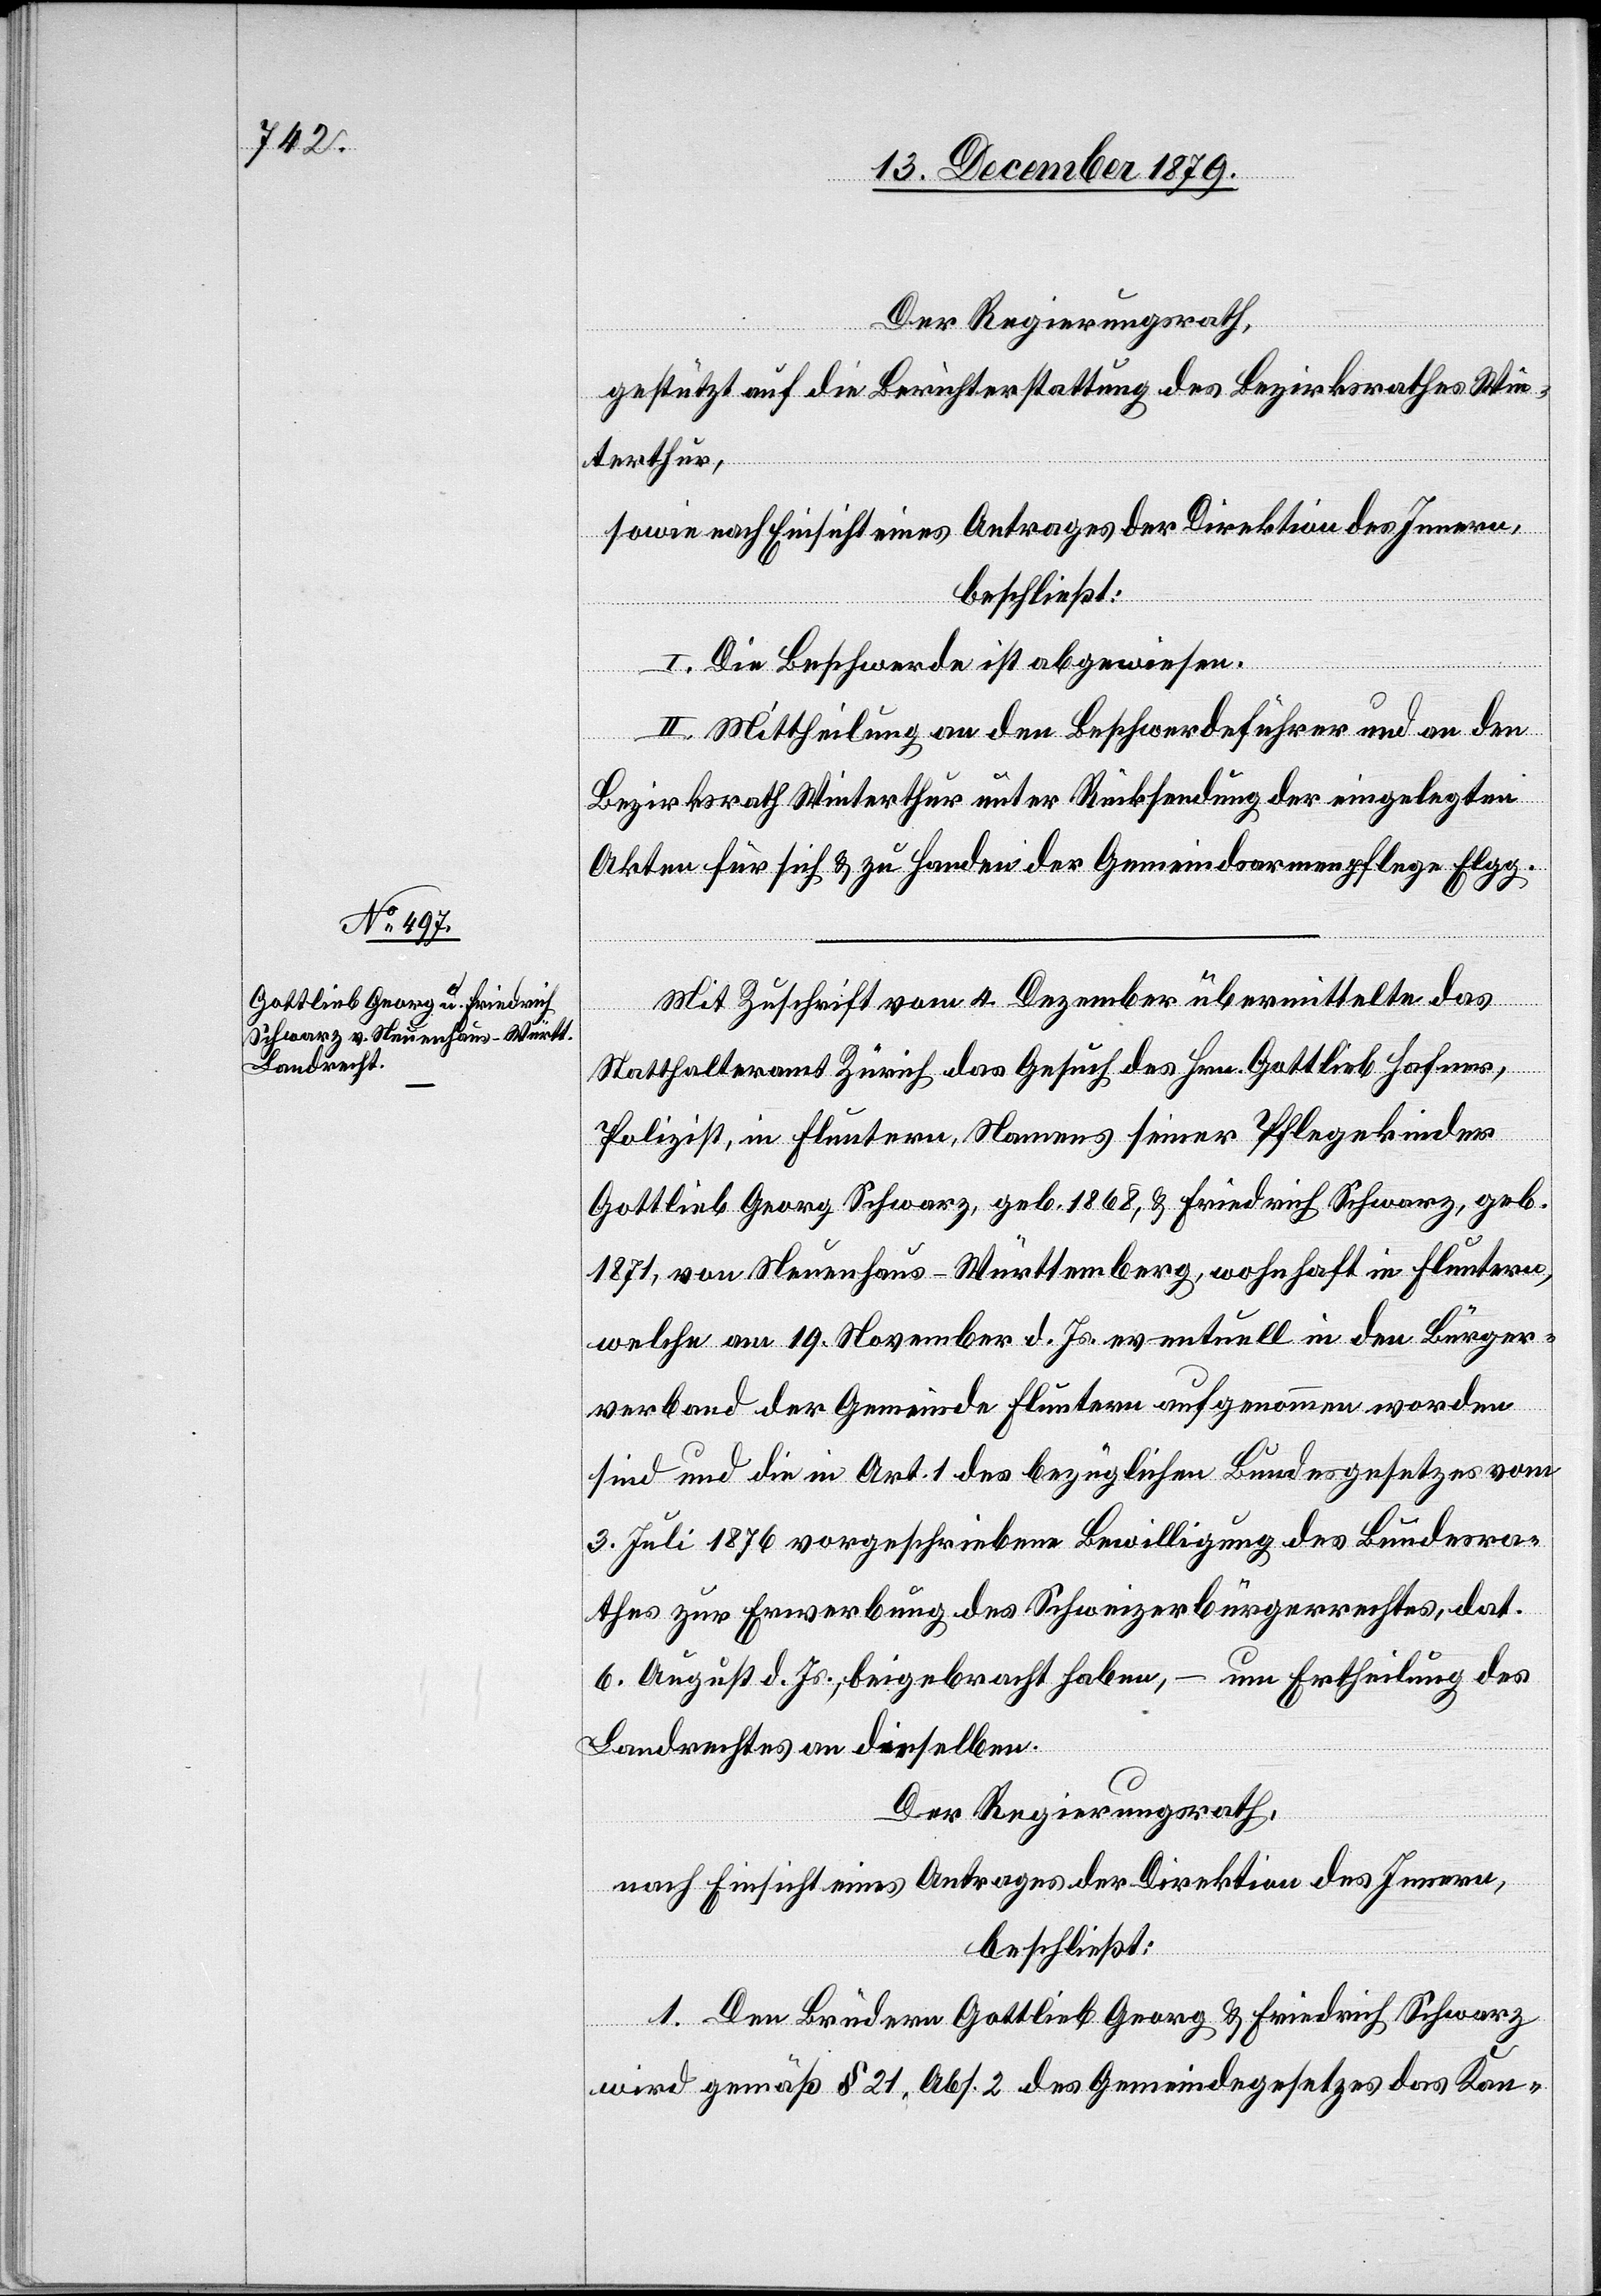
Der Regierungsrath,
gestützt auf die Berichterstattung des Bezirksrathes Win¬
terthur,
sowie nach Einsicht eines Antrages der Direktion des Innern,
beschließt:
I. Die Beschwerde ist abgewiesen.
II. Mittheilung an den Beschwerdeführer und an den
Bezirksrath Winterthur unter Rücksendung der eingelegten
Akten für sich & zu Handen der Gemeindsarmenpflege Elgg.
Mit Zuschrift vom 4. Dezember übermittelte das
Statthalteramt Zürich das Gesuch des Hrn. Gottlieb Hafner,
Polizist, in Fluntern, Namens seiner Pflegekinder
Gottlieb Georg Schwarz, geb. 1868, & Friedrich Schwarz, geb.
1871, von Neuenhaus - Württemberg, wohnhaft in Fluntern,
welche am 19. November d. Js. eventuell in den Bürger¬
verband der Gemeinde Fluntern aufgenommen worden
sind und die in Art. 1 des bezüglichen Bundesgesetzes vom
3. Juli 1876 vorgeschriebene Bewilligung des Bundesra¬
thes zur Erwerbung des Schweizerbürgerrechtes, dat.
6. August d. Js., beigebracht haben, – um Ertheilung des
Landrechtes an dieselben.
Der Regierungsrath,
nach Einsicht eines Antrages der Direktion des Innern,
beschließt:
1. Den Brüdern Gottlieb Georg & Friedrich Schwarz
wird gemäß § 21, Abs. 2 des Gemeindegesetzes das Kan-